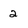
Character: 2